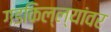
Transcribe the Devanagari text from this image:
गडकिल्ल्यांवर